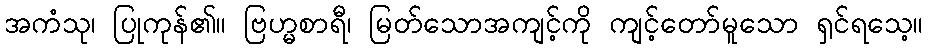
အကံသု၊ ပြုကုန်၏။ ဗြဟ္မစာရီ၊ မြတ်သောအကျင့်ကို ကျင့်တော်မူသော ရှင်ရသေ့။